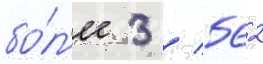
бо́л'ее 3 / 562